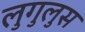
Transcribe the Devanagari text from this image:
लुगुलुस